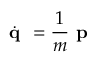
\dot { \textbf { q } } = \frac { 1 } { m } \textbf { p }